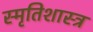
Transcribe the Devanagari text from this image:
स्मृतिशास्त्र